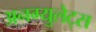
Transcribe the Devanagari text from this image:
अनग्युलेट्स